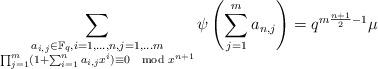
LaTeX: \begin{align*} \sum_{\substack{ a_{i,j} \in \mathbb F_q, i=1,\dots,n, j=1,\dots m\\ \prod_{j=1}^m (1+ \sum_{i=1}^n a_{i,j} x^i) \equiv 0 \mod x^{n+1} }} \psi \left( \sum_{j=1}^m a_{n,j} \right) = q^{ m \frac{n+1}{2} -1 } \mu \end{align*}